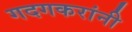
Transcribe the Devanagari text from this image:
गदगकरांनी